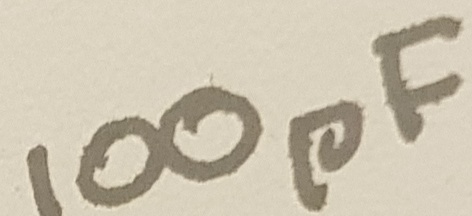
Text: 100pF